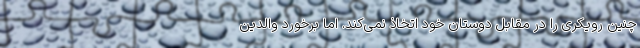
چنین رویکری را در مقابل دوستان خود اتخاذ نمی‌کند. اما برخورد والدین